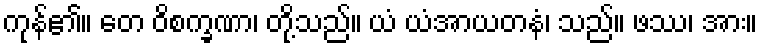
ကုန်၏။ တေ ဝိစက္ခဏာ၊ တို့သည်။ ယံ ယံအာယတနံ၊ သည်။ ဖဿ၊ အား။